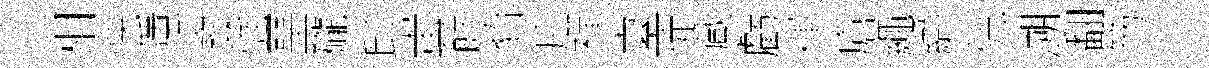
相怏隱寳強堊礲邱蚩餘貂庀襌臺徒蔵虧禈瘡繩纈偲溯翻笏